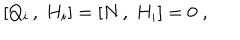
[ Q _ { i } \, , \; H _ { i } ] = [ N \, , \; H _ { i } ] = 0 \; ,